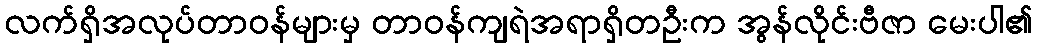
လက်ရှိအလုပ်တာဝန်များမှ တာဝန်ကျရဲအရာရှိတဦးက အွန်လိုင်းဗီဇာ မေးပါ၏